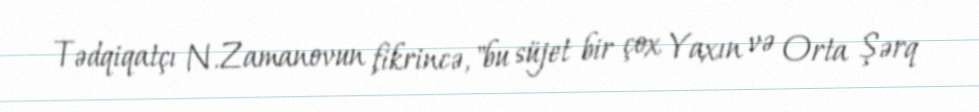
Tədqiqatçı N.Zamanovun fikrincə, "bu süjet bir çox Yaxın və Orta Şərq